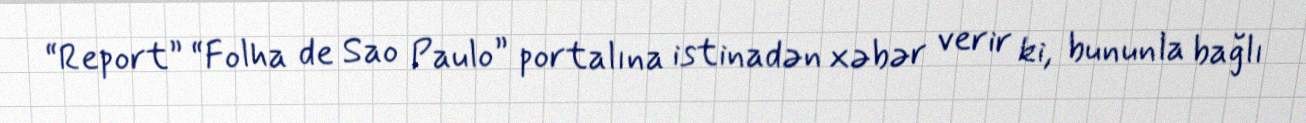
“Report” “Folha de Sao Paulo” portalına istinadən xəbər verir ki, bununla bağlı